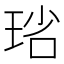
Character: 𤥮